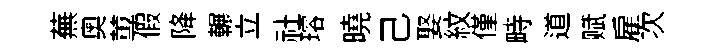
蕪奧蓴假降輾立社璿曉己娶紋僅畤道赋雇次